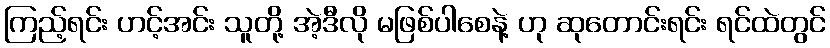
ကြည့်ရင်း ဟင့်အင်း သူတို့ အဲ့ဒီလို မဖြစ်ပါစေနဲ့ ဟု ဆုတောင်းရင်း ရင်ထဲတွင်